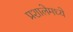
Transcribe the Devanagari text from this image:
प्रशालेमध्ये